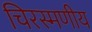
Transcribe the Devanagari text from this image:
चिरस्मणीय